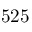
5 2 5